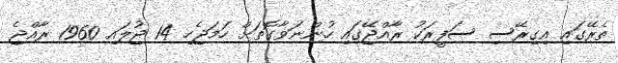
ތެރޭގައި އިގިރޭސި ސަފީރަކު ރާއްޖޭގައި ހުންނަވާގޮތަށް ހަމަޖެހި 14 ޖުލައި 1960 ރާއްޖެ